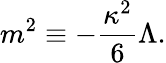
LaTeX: m^{2}\equiv-\frac{\kappa^{2}}{6}\Lambda.